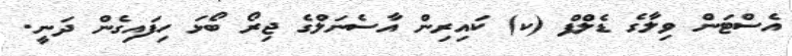
އެސްޓަން ވިލާގެ ޑެލްފް (ކ) ކައިރިން އާސެނަލްގެ ޖިރޯ ބޯޅަ ހިފައިގެން ދަނީ.